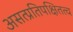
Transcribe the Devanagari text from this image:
असत्प्रतिपक्षितत्व